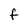
Character: f